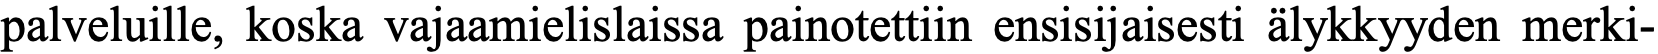
palveluille, koska vajaamielislaissa painotettiin ensisijaisesti älykkyyden merki-